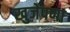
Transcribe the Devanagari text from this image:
खुजेपणा